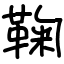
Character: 鞠